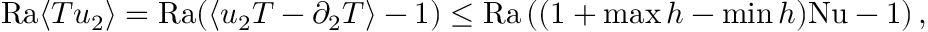
\mathrm { { R a } } \langle T u _ { 2 } \rangle = \mathrm { { R a } } ( \langle u _ { 2 } T - \partial _ { 2 } T \rangle - 1 ) \leq \mathrm { { R a } } \left( ( 1 + \operatorname* { m a x } h - \operatorname* { m i n } h ) \mathrm { { N u } } - 1 \right) ,